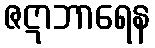
ဇဋာဘာရေန